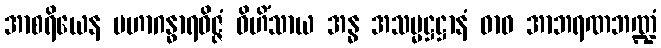
အာစရိယေန မဟာဂန္ဓာရဝိဇ္ဇံ ဝိဟိံသာယ အန္ဓ အသမ္မဋ္ဌဋ္ဌာနံ ဓာဝ အာဘရဏဘဏ္ဍံ